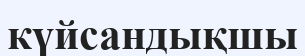
күйсандықшы